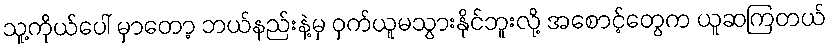
သူ့ကိုယ်ပေါ် မှာတော့ ဘယ်နည်းနဲ့မှ ဝှက်ယူမသွားနိုင်ဘူးလို့ အစောင့်တွေက ယူဆကြတယ်